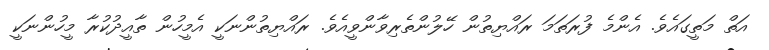
އަތް މަތީގައެވެ. އެންމެ ފުރަތަމަ ރައްޔިތުން ހޭލުންތެރިވާންވީއެވެ. ރައްޔިތުންނަކީ އެމީހުން ތާއީދުކުރާ މީހުންނަކީ